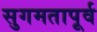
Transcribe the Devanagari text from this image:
सुगमतापूर्व